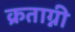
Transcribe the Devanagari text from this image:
क्रताग्नी